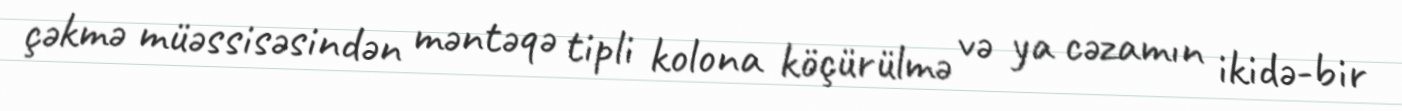
çəkmə müəssisəsindən məntəqə tipli kolona köçürülmə və ya cəzamın ikidə-bir